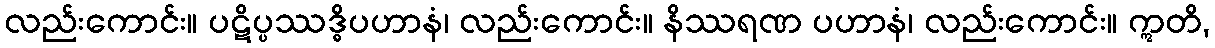
လည်းကောင်း။ ပဋိပ္ပဿဒ္ဓိပဟာနံ၊ လည်းကောင်း။ နိဿရဏ ပဟာနံ၊ လည်းကောင်း။ ဣတိ,